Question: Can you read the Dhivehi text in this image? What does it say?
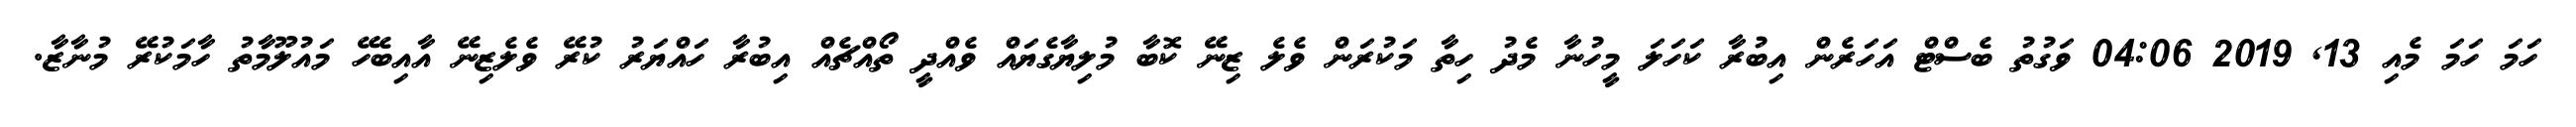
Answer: ހަމަ ހަމަ މެއި 13, 2019 04:06 ވަގުތު ބެސްޓް އަހަރެން އިބުރާ ކަހަލަ މީހުނާ މެދު ހިތާ މަކުރަން ވެލެ ޒިނޭ ކޮބާ މުލިޔާގެޔައް ވެއްދީ ތޯއްޗެއް އިބުރާ ހައްޔަރު ކުރޭ ވެލެޒިނޭ އާއިބެހޭ މައުލޫމާތު ހާމަކުރޭ މުނާޒާ.